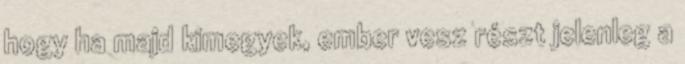
hogy ha majd kimegyek, ember vesz részt jelenleg a